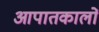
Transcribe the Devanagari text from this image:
आपातकालों